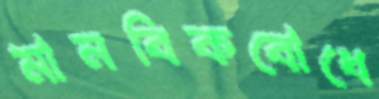
মানবিকবোধে